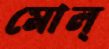
মোল্